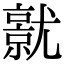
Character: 𡰜